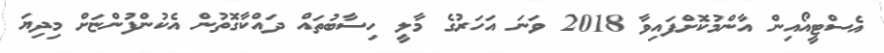
އެސްޓީއޯއިން އާންމުކޮށްފައިވާ 2018 ވަނަ އަހަރުގެ މާލީ ހިސާބުތައް ދައްކާގޮތުން އެކުންފުންޏަށް މިދިޔަ